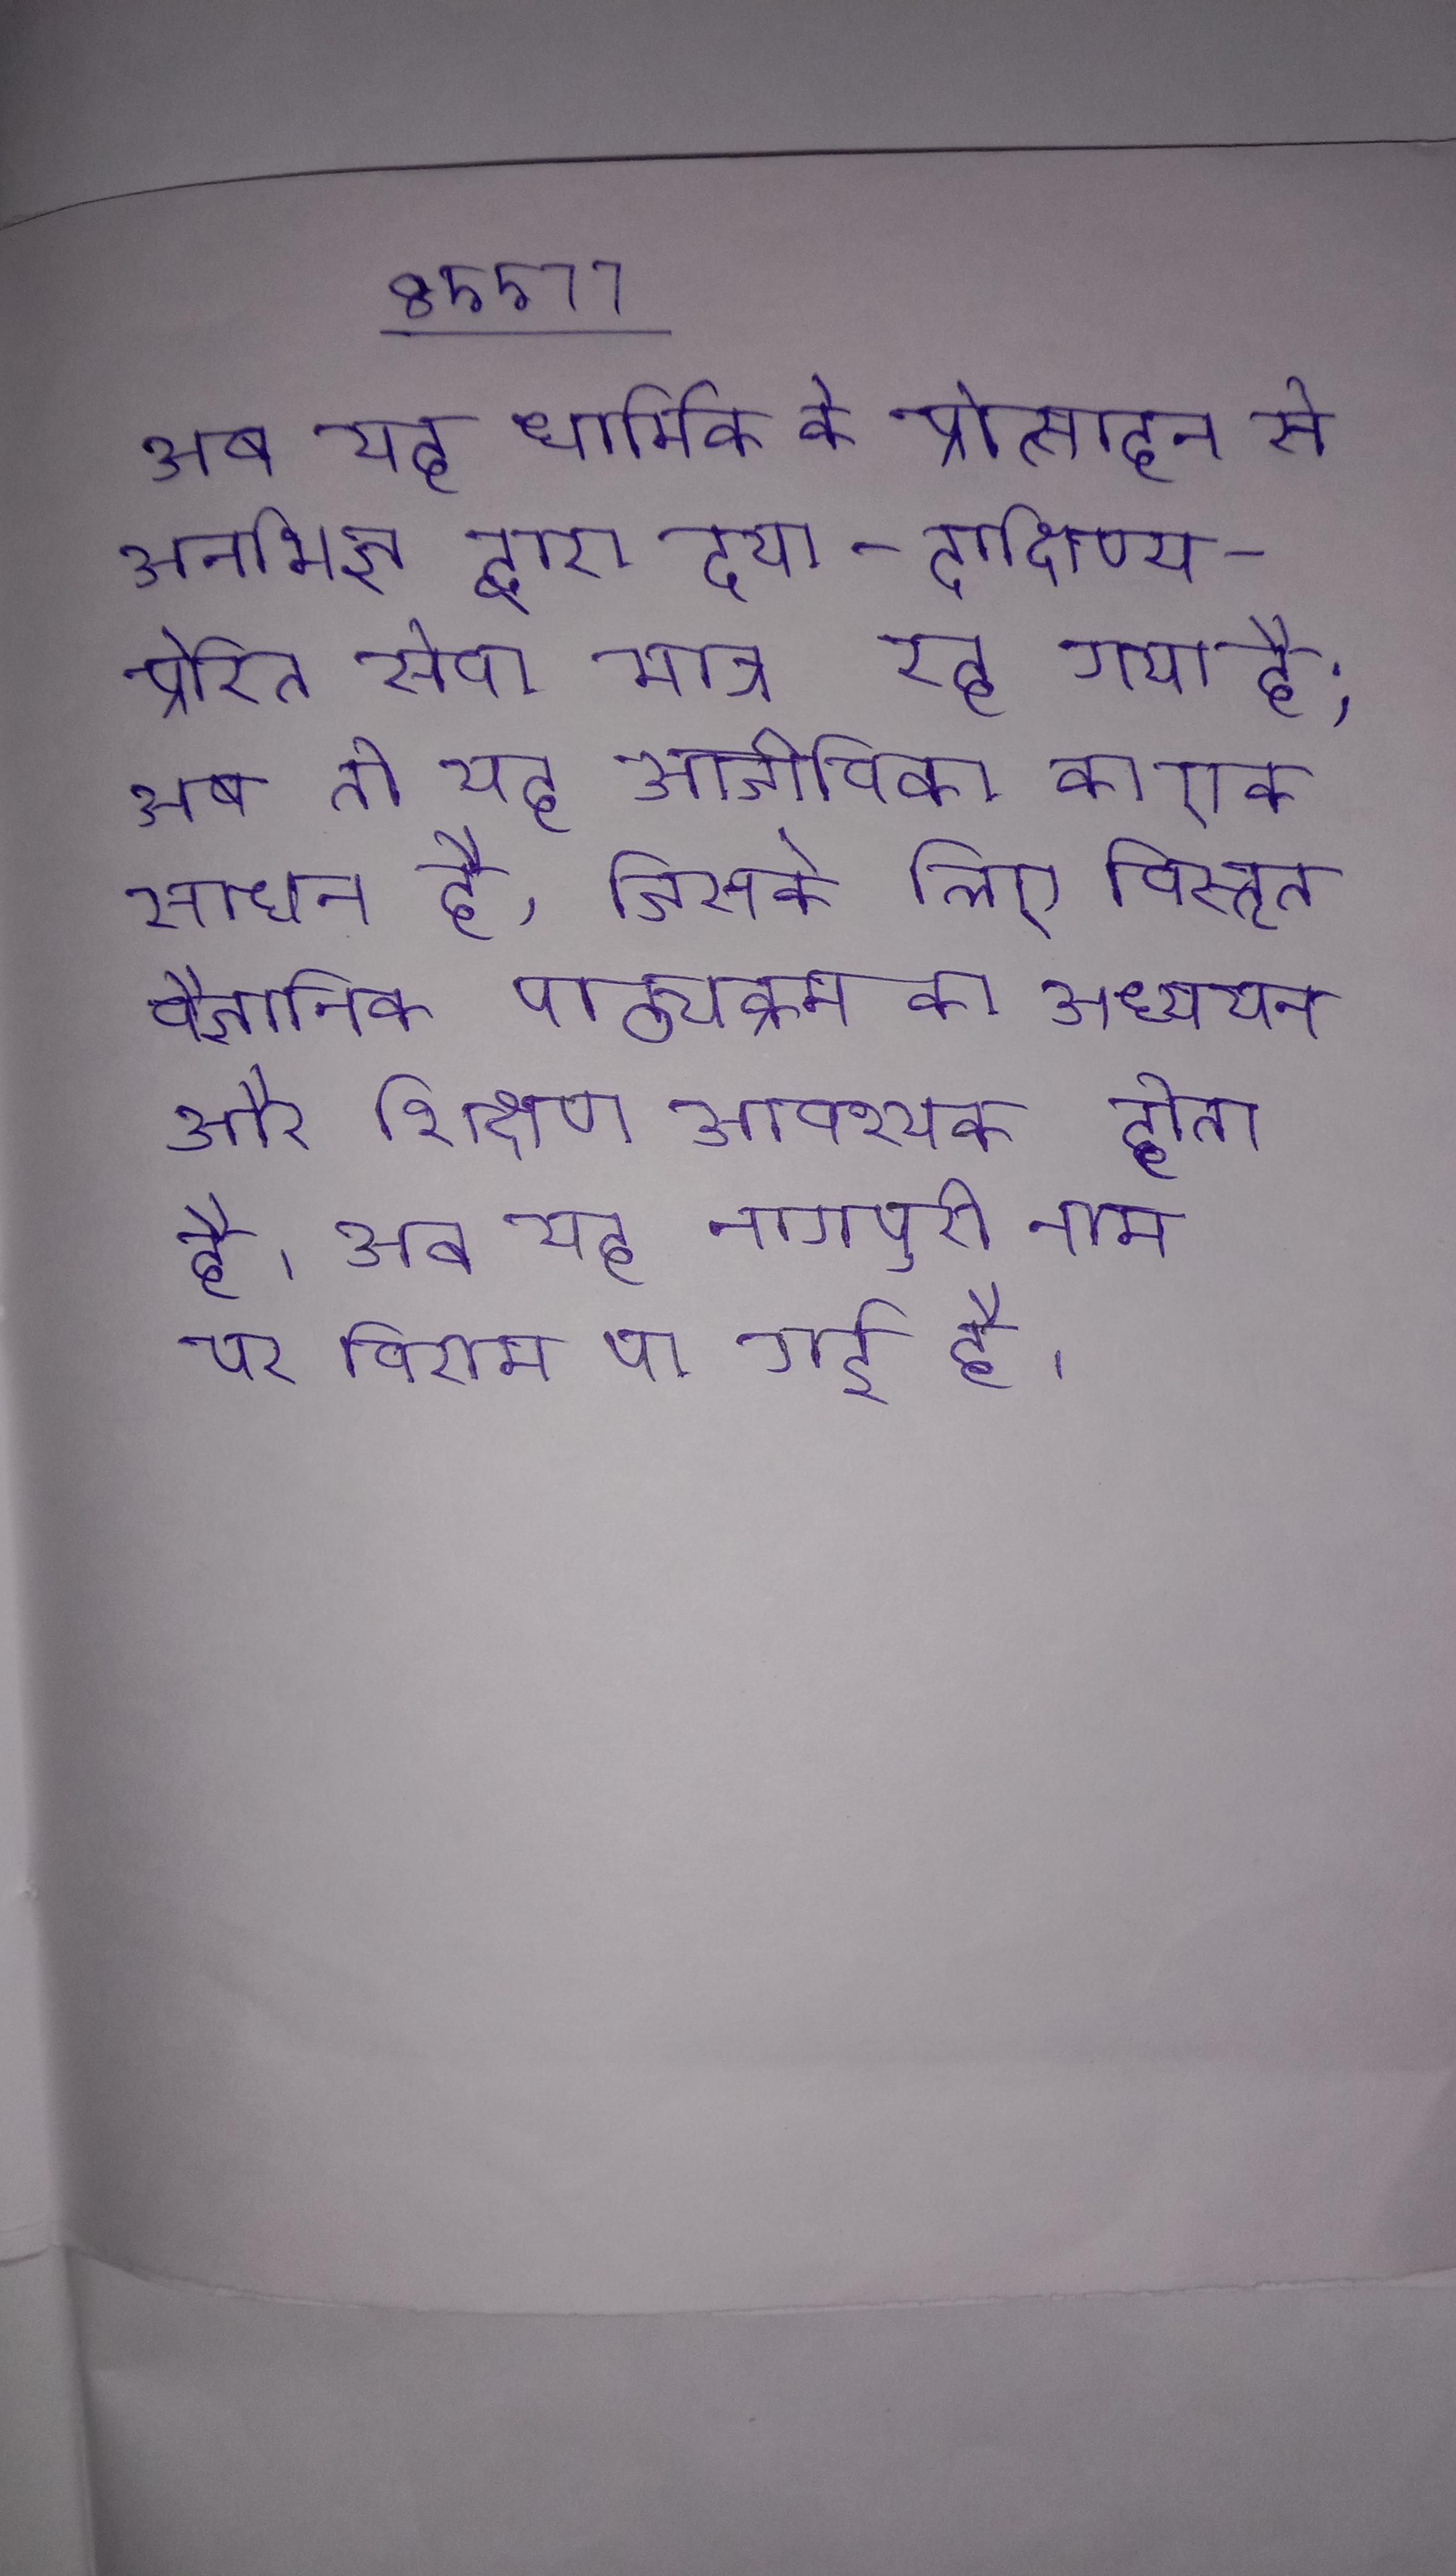
अब यह धार्मिक के प्रोत्साहन से अनभिज्ञ द्वारा दया-दाक्षिण्य-प्रेरित सेवा मात्र रह गया है;अब तो यह आजीविका का एक साधन है, जिसके लिए विस्तृत वैज्ञानिक पाठ्यक्रम का अध्ययन और शिक्षण आवश्यक होता है । अब यह नागपुरी नाम पर विराम पा गई है ।